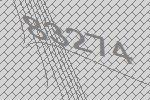
83274